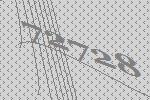
72728